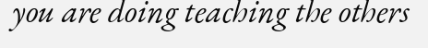
you are doing teaching the others